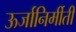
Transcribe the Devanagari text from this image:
ऊर्जानिर्मीती